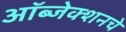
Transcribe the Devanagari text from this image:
ऑब्जेक्शनचे